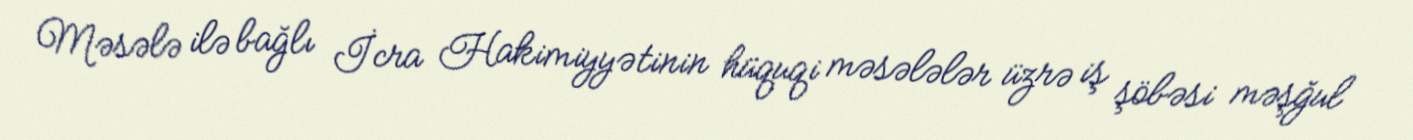
Məsələ ilə bağlı İcra Hakimiyyətinin hüquqi məsələlər üzrə iş şöbəsi məşğul